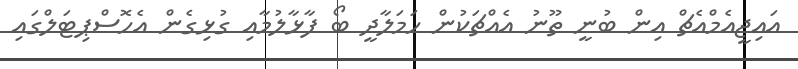
އައިޖީއެމްއެޗް އިން ބުނީ ތޫނު އެއްޗަކުން ހަމަލާދީ ބޯ ފާޅާލުމާއި ގުޅިގެން އެހޮސްޕިޓަލްގައި